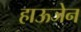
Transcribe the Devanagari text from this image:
हाऊजेन